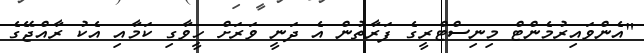
"އެންވައިރުމެންޓް މިނިސްޓްރީގެ ފަރާތުން އެ ދަނީ ވަރަށް ހީވާގި ކަމާއި އެކު ރާއްޖޭގެ